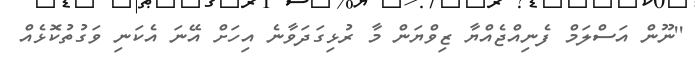
''ނޫން އަސްލަމް ފެނިއްޖެއްޔާ ޒިވްޔަން މާ ރުޅިގަދަވާނެ އިހަށް އޭނަ އެކަނި ވަގުތުކޮޅެއް